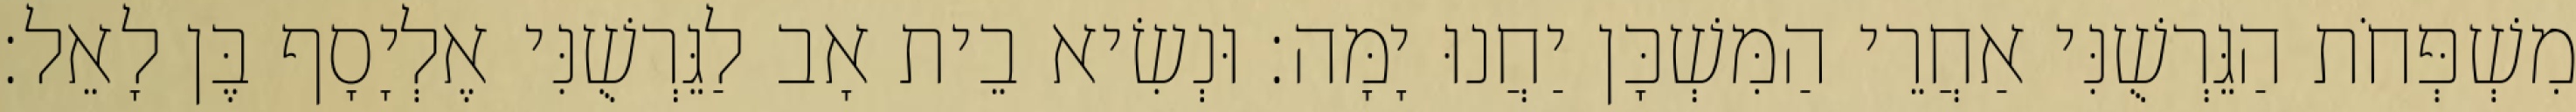
מִשְׁפְּחֹת הַגֵּרְשֻׁנִּי אַחֲרֵי הַמִּשְׁכָּן יַחֲנוּ יָמָּה׃ וּנְשִׂיא בֵית אָב לַגֵּרְשֻׁנִּי אֶלְיָסָף בֶּן לָאֵל׃